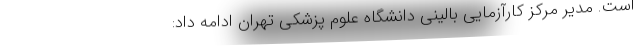
است. مدیر مرکز کارآزمایی بالینی دانشگاه علوم پزشکی تهران ادامه داد: